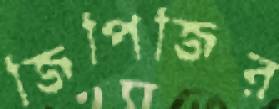
জিপিজির